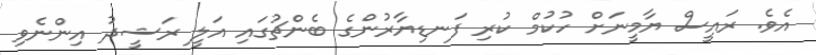
އެވެ. ރައީސް ޔާމީނަށް ހުކުމް ކުރި ފަނޑިޔާރުންގެ ބެންޗުގައި އަލީ ރަޝީދު އިންނެވި